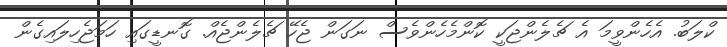
ކްލަބު. އެހެންވީމަ އެ ޗެލެންޖަކީ ކޮންމެހެންވެސް ނަގަން ޖެހޭ ޗެލެންޖެއް. ގޮނޑީގައި ހަމަޖެހިލައިގެން